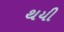
થયી